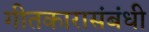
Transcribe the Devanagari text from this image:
गीतकारासंबंधी